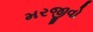
મરજીવો